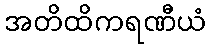
အတိထိကရဏီယံ